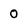
Character: 0